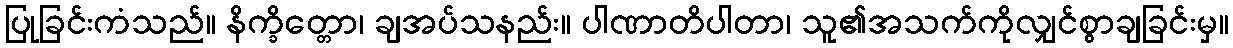
ပြုခြင်းကံသည်။ နိက္ခိတ္တော၊ ချအပ်သနည်း။ ပါဏာတိပါတာ၊ သူ၏အသက်ကိုလျှင်စွာချခြင်းမှ။